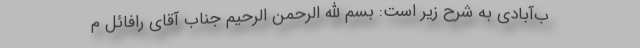
ب‌آبادی به شرح زیر است: بسم الله الرحمن الرحیم جناب آقای رافائل م